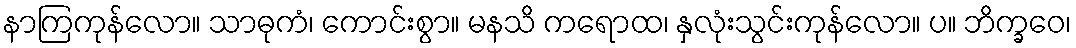
နာကြကုန်လော။ သာဓုကံ၊ ကောင်းစွာ။ မနသိ ကရောထ၊ နှလုံးသွင်းကုန်လော။ ပ။ ဘိက္ခဝေ၊